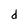
Character: d